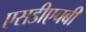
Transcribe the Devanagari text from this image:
एसडीएचबी